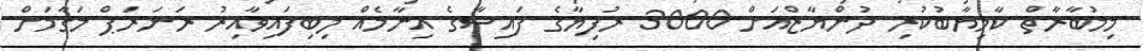
މިމުބާރާތް ކާމިޔާބުކުރި ދުންޔާޒްއަށް 3000 ރުފިޔާގެ ފައިސާގެ އިނާމެއް ލިބިފައިވާއިރު ރަނަރަޕް މަގާމަށް